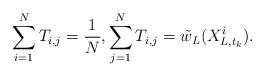
LaTeX: \begin{align*}\sum^{N}_{i=1}T_{i,j}=\frac{1}{N}, \sum^{N}_{j=1}T_{i,j}=\tilde{w}_{L}(X_{L,t_{k}}^{i}).\end{align*}